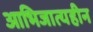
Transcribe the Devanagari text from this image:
आभिजात्यहीन